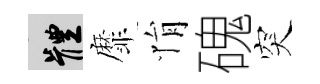
體靡悁磈突